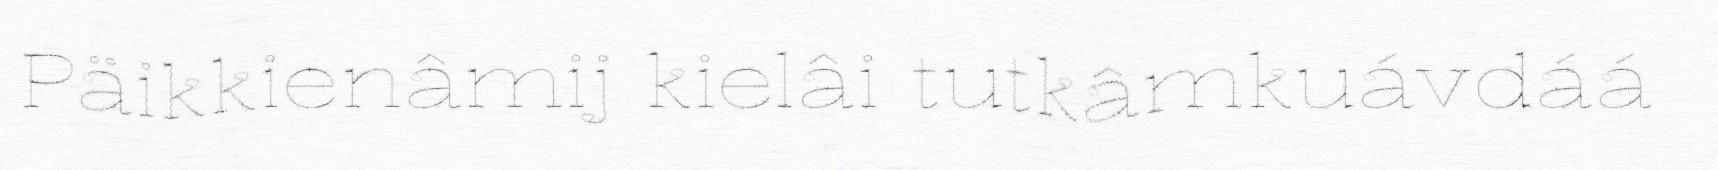
Päikkienâmij kielâi tutkâmkuávdáá